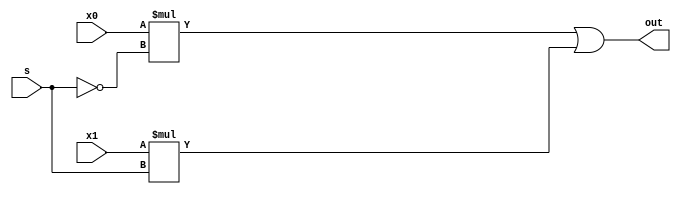
module mux2to1(out,x0,x1,s);
output out;
input x0,x1,s;

assign
	out=(x0*(~s))|(x1*s);
endmodule

module mux4to1(out,x0,x1,x2,x3,s0,s1);
output out;
input x0,x1,x2,x3,s0,s1;
wire y0,y1;
mux2to1 f1(y0,x0,x1,s0);
mux2to1 f2(y1,x2,x3,s1);
mux2to1 f3(out,y0,y1,s0);
endmodule